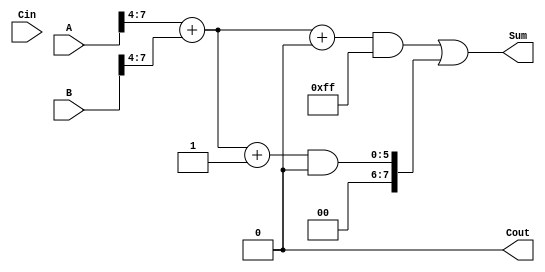
module hybrid_carry_select_adder #(
    parameter N = 8, // Total bit width
    parameter M = 4  // Block size
)(
    input  [N-1:0] A,     // First input
    input  [N-1:0] B,     // Second input
    input  Cin,           // Carry-in
    output [N-1:0] Sum,   // Sum output
    output Cout           // Carry-out
);

    // Internal signals for carry and sum
    wire [N/M:0] C;        // Carry outputs from each block
    wire [N-1:0] S0, S1;   // Sums for carry 0 and 1
    wire [N-1:0] S0_block [0:N/M-1]; // Sum for each block when C_in = 0
    wire [N-1:0] S1_block [0:N/M-1]; // Sum for each block when C_in = 1

    // Generate block sums
    genvar i;
    generate
        for (i = 0; i < N/M; i = i + 1) begin : block
            wire [M-1:0] A_block = A[M*i +: M];
            wire [M-1:0] B_block = B[M*i +: M];

            // Calculate sum and carry for carry-in = 0
            assign {C[i], S0_block[i]} = A_block + B_block + 1'b0;

            // Calculate sum and carry for carry-in = 1
            assign {C[i+1], S1_block[i]} = A_block + B_block + 1'b1;
        end
    endgenerate

    // Select sums based on carry-in
    assign C[0] = Cin; // First block carry-in is Cin
    assign Sum = {S1_block[N/M-1], S0_block[N/M-1]} & {N{~C[N/M]}} | {S0_block[N/M-1], S1_block[N/M-1]} & {N{C[N/M]}};
    
    // Final carry-out
    assign Cout = C[N/M];

endmodule